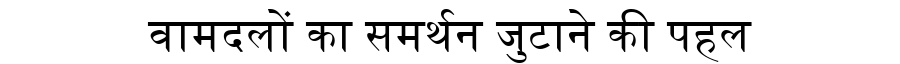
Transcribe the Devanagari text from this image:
वामदलों का समर्थन जुटाने की पहल